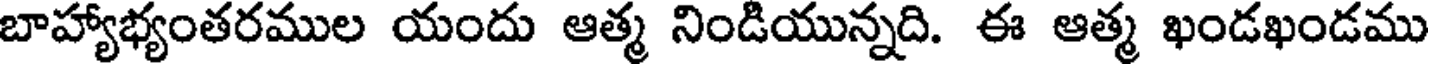
బాహ్యాభ్యంతరముల యందు ఆత్మ నిండియున్నది. ఈ ఆత్మ ఖండఖండము